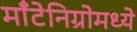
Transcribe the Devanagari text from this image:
माँटेनिग्रोमध्ये